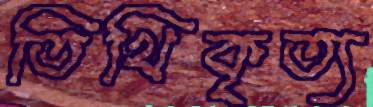
তিথিকৃত্য